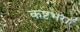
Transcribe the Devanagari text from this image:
कष्टभरा